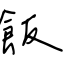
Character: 飯